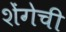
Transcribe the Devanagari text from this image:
शेंगेची